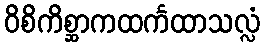
ဝိစိကိစ္ဆာကထင်္ကထာသလ္လံ